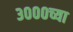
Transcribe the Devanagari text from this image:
३०००च्या